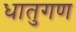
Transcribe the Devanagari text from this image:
धातुगण